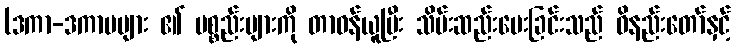
(ဒကာ-ဒကာမများ ၏ ပစ္စည်းများကို တာဝန်ယူပြီး သိမ်းဆည်းပေးခြင်းသည် ဝိနည်းတော်နှင့်